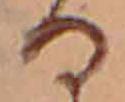
る